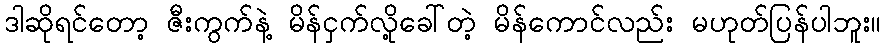
ဒါဆိုရင်တော့ ဇီးကွက်နဲ့ မိန်ငှက်လို့ခေါ်တဲ့ မိန်ကောင်လည်း မဟုတ်ပြန်ပါဘူး။